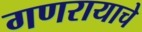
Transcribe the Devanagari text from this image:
गणरायाचे